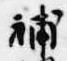
補